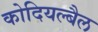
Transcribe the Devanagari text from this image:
कोदियल्बैल